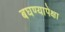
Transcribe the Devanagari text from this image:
बघण्यापेक्षा